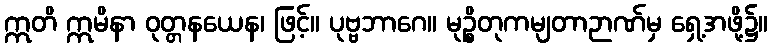
ဣတိ ဣမိနာ ဝုတ္တနယေန၊ ဖြင့်။ ပုဗ္ဗဘာဂေ။ မုဉ္စိတုကမျတာဉာဏ်မှ ရှေ့အဖို့၌။